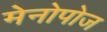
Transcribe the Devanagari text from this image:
मेनोपोज